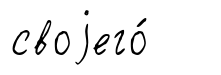
своjего́